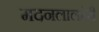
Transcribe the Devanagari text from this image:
मदनलालांनी